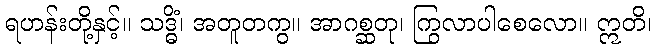
ရဟန်းတို့နှင့်။ သဒ္ဓိံ၊ အတူတကွ။ အာဂစ္ဆတု၊ ကြွလာပါစေလော။ ဣတိ၊